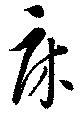
床